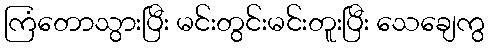
ကြံတောသွားပြီး မင်းတွင်းမင်းတူးပြီး သေချေကွ